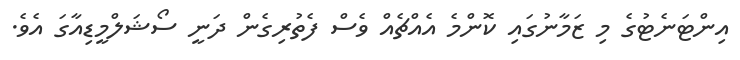
އިންޓަނެޓުގެ މި ޒަމާނުގައި ކޮންމެ އެއްޗެއް ވެސް ފެތުރިގެން ދަނީ ސޯޝަލްމީޑިއާގަ އެވެ.